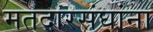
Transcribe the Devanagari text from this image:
मतदारसंघांना